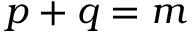
p + q = m